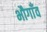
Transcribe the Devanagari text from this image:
भौगाँव